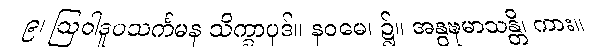
၉၊ ဩဝါဒူပသင်္ကမန သိက္ခာပုဒ်။ နဝမေ၊ ၌။ အနွဍ္ဎမာသန္တိ၊ ကား။